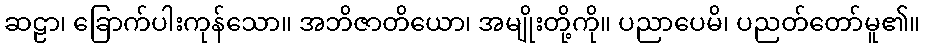
ဆဠာ၊ ခြောက်ပါးကုန်သော။ အဘိဇာတိယော၊ အမျိုးတို့ကို။ ပညာပေမိ၊ ပညတ်တော်မူ၏။